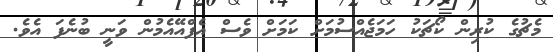
މެޗުގެ ކުރިން ކޯޗަކު ހަމަޖެއްސުމަށް ކަމަށް ވެސް އެފްއޭއެމުން ވަނީ ބުނެފަ އެވެ.